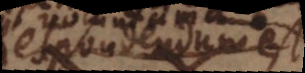
Respondendum est